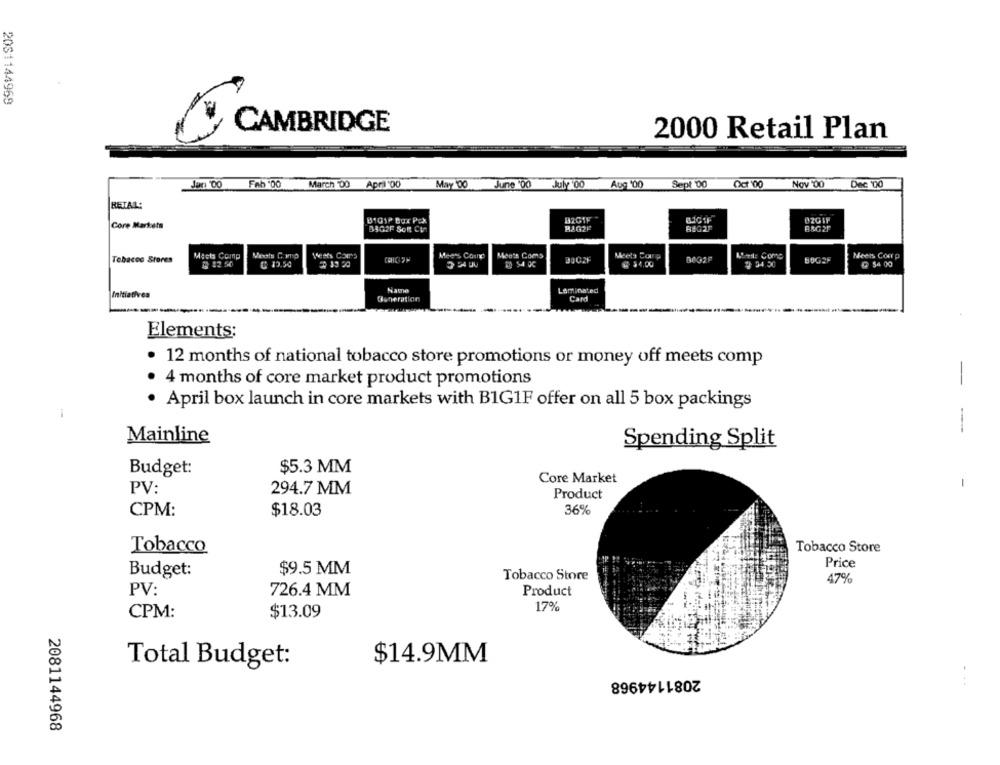
2081144969
CAMBRIDGE
2000 Retail Plan
Fab :00
March '00
April'00
Aug '00
Sept 00
Oct '00
Nov '00
Dec 00
May '00 June '00 July 00
RETAL:
8101P Bgx Pcx
B2GIF
02GIY
Core Markets
35G2F Som Cin
82G2F
BHG2F
B&G2F
Meets Como
Tobacco Stores
Mects Coing
Meers Coux
Meets Coms
DOC2F
Meets Comp
BOG2F
Meets Corr p
3 12 50
₩ $4.00
# 34.50
@ $4 00
Laminated
Initiatives
Generation
Card
Elements;
. 12 months of national tobacco store promotions or money off meets comp
4 months of core market product promotions
. April box launch in core markets with B1G1F offer on all 5 box packings
- -
Mainline
Spending Split
Budget:
$5.3 MM
Core Market
-
PV:
294.7 MM
Product
CPM:
$18.03
36%
Tobacco
Tobacco Store
Price
Budget:
$9.5 MM
Tobacco Store
47%
PV:
726.4 MM
Product
17%
CPM:
$13.09
Total Budget:
$14.9MM
2081144968
...
2081144968